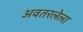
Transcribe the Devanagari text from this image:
अवतरलेला